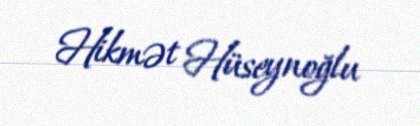
Hikmət Hüseynoğlu